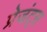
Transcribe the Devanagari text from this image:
प्रेजंट्स